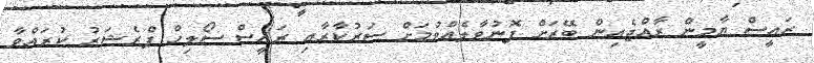
ރައީސް ޔާމީން ރާއްޖެއިން ބޭރަށް ފޮނުވާލެއްވުމަށް ސަރުކާރާއި ރައީސް ސޯލިހް ޕްރެޝަރު ކުރައްވާ